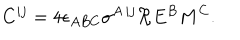
C ^ { i j } = 4 \epsilon _ { A B C } \sigma ^ { A \, i j } \Re E ^ { B } M ^ { C } .